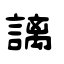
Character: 謧